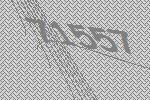
71557